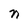
Character: n